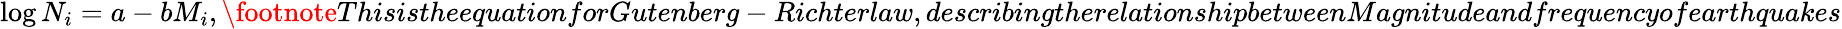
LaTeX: \log N_{i}=a-bM_{i},\footnote{ThisistheequationforGutenberg-Richterlaw,describingtherelationshipbetweenMagnitudeandfrequencyofearthquakes}